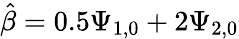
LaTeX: \hat{\beta}=0.5\Psi_{1,0}+2\Psi_{2,0}